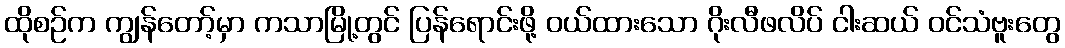
ထိုစဉ်က ကျွန်တော့်မှာ ကသာမြို့တွင် ပြန်ရောင်းဖို့ ဝယ်ထားသော ဂိုးလီဖလိပ် ငါးဆယ် ဝင်သံဗူးတွေ